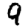
Digit: 9